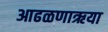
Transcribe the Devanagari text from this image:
आढळणाऋया